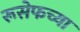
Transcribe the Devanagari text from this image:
रूसेफच्या